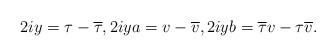
LaTeX: \begin{align*}2iy = \tau -\overline{\tau}, 2iy a = v - \overline{v}, 2iy b = \overline{\tau} v - \tau \overline{v}.\end{align*}